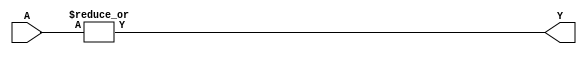
module my_opt_reduce_or(...);
    parameter A_SIGNED = 0;
    parameter A_WIDTH = 2;
    parameter Y_WIDTH = 1;

    input [A_WIDTH-1:0] A;
    output reg [Y_WIDTH-1:0] Y;

    parameter _TECHMAP_CONSTMSK_A_ = 0;
    parameter _TECHMAP_CONSTVAL_A_ = 0;

    wire _TECHMAP_FAIL_ = count_nonconst_bits() == A_WIDTH;
    wire [1024:0] _TECHMAP_DO_ = "proc;;";

    function integer count_nonconst_bits;
        integer i;
        begin
            count_nonconst_bits = 0;
            for (i = 0; i < A_WIDTH; i=i+1)
                if (!_TECHMAP_CONSTMSK_A_[i])
                    count_nonconst_bits = count_nonconst_bits+1;
        end
    endfunction

    function has_const_one;
        integer i;
        begin
            has_const_one = 0;
            for (i = 0; i < A_WIDTH; i=i+1)
                if (_TECHMAP_CONSTMSK_A_[i] && _TECHMAP_CONSTVAL_A_[i] === 1'b1)
                    has_const_one = 1;
        end
    endfunction

    integer i;
    reg [count_nonconst_bits()-1:0] tmp;

    always @* begin
        if (has_const_one()) begin
            Y = 1;
        end else begin
            for (i = 0; i < A_WIDTH; i=i+1)
                if (!_TECHMAP_CONSTMSK_A_[i])
                    tmp = {A[i], tmp[count_nonconst_bits()-1:1]};
            Y = |tmp;
        end
    end
endmodule